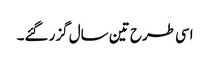
اسی طرح تین سال گزر گئے۔